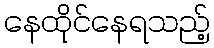
နေထိုင်နေရသည့်